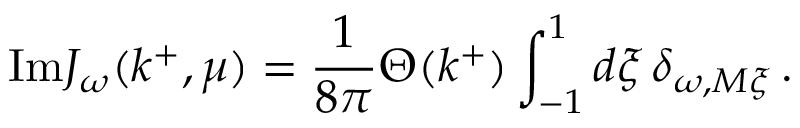
\mathrm { I m } J _ { \omega } ( k ^ { + } , \mu ) = \frac { 1 } { 8 \pi } \Theta ( k ^ { + } ) \int _ { - 1 } ^ { 1 } d \xi \, \delta _ { \omega , M \xi } \, .